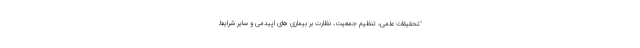
"تحقیقات علمی، تنظیم جمعیت، نظارت بر بیماری های اپیدمی و سایر شرایط